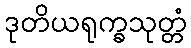
ဒုတိယရုက္ခသုတ္တံ